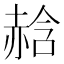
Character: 𧹣